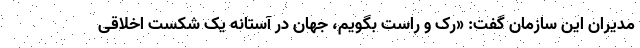
مدیران این سازمان گفت: «رک و راست بگویم، جهان در آستانه یک شکست اخلاقی